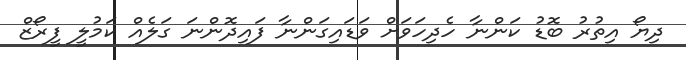
ދިޔޯ އިތުރު ބޮޑު ކަންނާ ހެދިހަވަށް ވަޑައިގަންނާ ފައިދޮންނަ ގަލެއް ކަމުލީ ފީރޯޒް